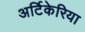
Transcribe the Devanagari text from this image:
अर्टिकेरिया